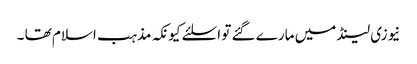
نیوزی لینڈ میں مارے گئے تو اسلئے کیونکہ مذہب اسلام تھا ۔